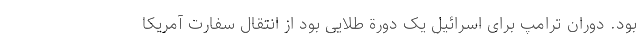
بود. دوران ترامپ برای اسرائیل یک دورة طلایی بود از انتقال سفارت آمریکا